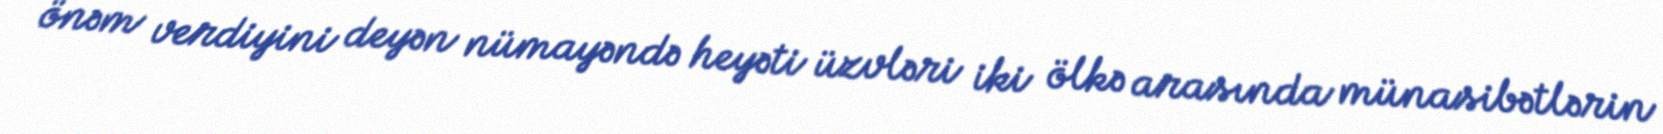
önəm verdiyini deyən nümayəndə heyəti üzvləri iki ölkə arasında münasibətlərin